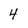
Character: 4